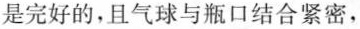
是完好的，且气球与瓶口结合紧密，